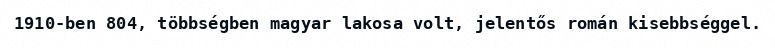
1910-ben 804, többségben magyar lakosa volt, jelentős román kisebbséggel.